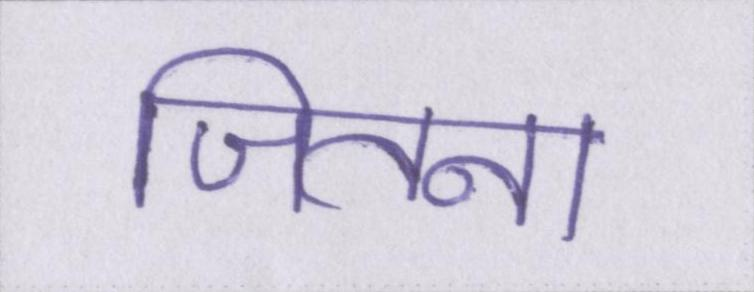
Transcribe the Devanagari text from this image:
जितना